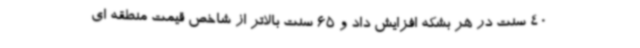
40 سنت در هر بشکه افزایش داد و 65 سنت بالاتر از شاخص قیمت منطقه ای